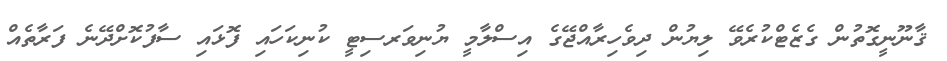
ޤާނޫނީގޮތުން ގެޒެޓްކުރެވޭ ލިޔުން ދިވެހިރާއްޖޭގެ އިސްލާމީ ޔުނިވަރސިޓީ ކުނިކަހައި ފޮޅައި ސާފުކޮށްދޭނެ ފަރާތެއް